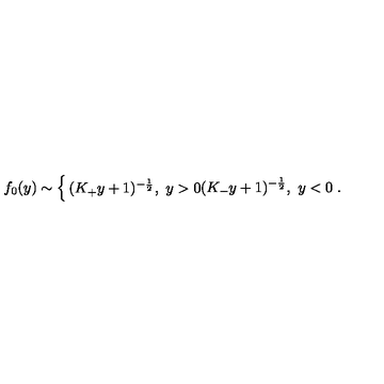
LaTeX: f _ { 0 } ( y ) \sim \left\{ \begin{matrix} { ( K _ { + } y + 1 ) ^ { - { \frac { 1 } { 2 } } } , \ y > 0 } \\ { ( K _ { - } y + 1 ) ^ { - { \frac { 1 } { 2 } } } , \ y < 0 } \\ \end{matrix} \right. .